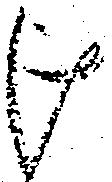
け